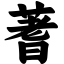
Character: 蓍